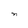
Character: n